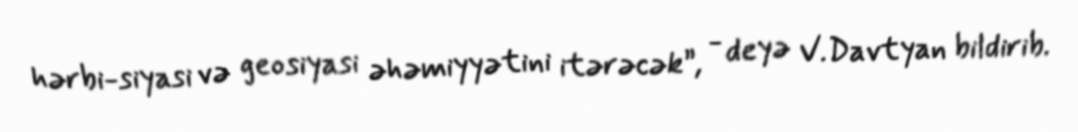
hərbi-siyasi və geosiyasi əhəmiyyətini itərəcək”, - deyə V.Davtyan bildirib.